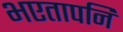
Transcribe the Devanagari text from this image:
भएतापनि